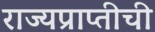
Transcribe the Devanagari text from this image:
राज्यप्राप्तीची